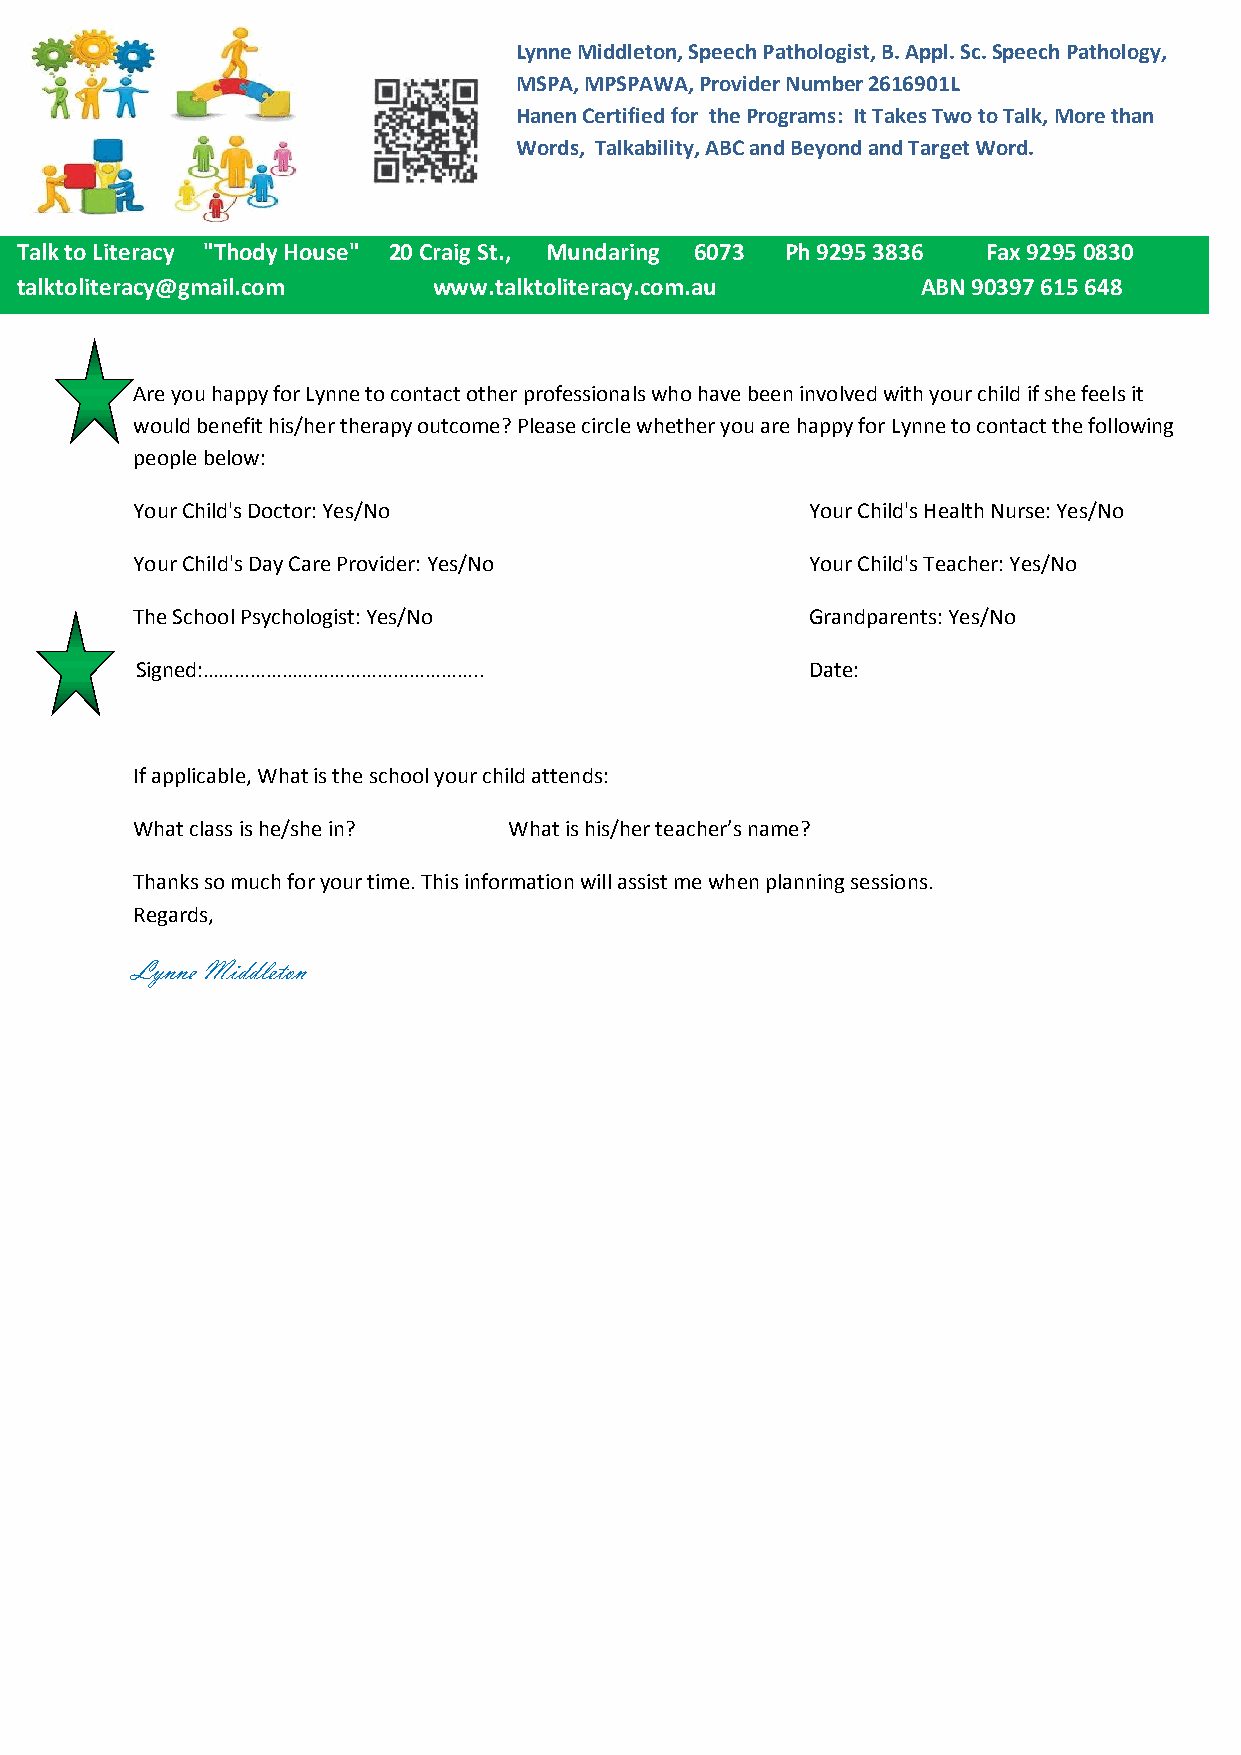
Lynne Middleton, Speech Pathologist, B. Appl. Sc. Speech Pathology,
 MSPA, MPSPAWA, Provider Number 2616901L
 Hanen Certified for the Programs: It Takes Two to Talk, More than
 Words, Talkability, ABC and Beyond and Target Word.
 Talk to Liter acy "Thody House" 20 Craig St., Mundaring 6073 Ph 9295 3836 Fax 9295 0830
 talktoliterac y@gmail.com   www.talktoliteracy.com.au       ABN 90397 615 648
 Are you happy for Lynne to contact other professionals who have been involved with your child if she feels it
 would benefit his/her therapy outcome? Please circle whether you are happy for Lynne to contact the following
 people below:
 Your Child's Doctor: Yes/No                  Your Child's Health Nurse: Yes/No
 Your Child's Day Care Provider: Yes/No       Your Child's Teacher: Yes/No
 The School Psychologist: Yes/No              Grandparents: Yes/No
 Signed:……………………………………………..                   Date:
 If applicable, What is the school your child attends:
 What class is he/she in? What is his/her teacher’s name?
 Thanks so much for your time. This information will assist me when planning sessions.
 Regards,
 Lynne Middleton